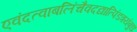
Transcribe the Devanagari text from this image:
एवंदत्वाबलिंचैवदद्यात्पिंडत्रयंबुधः